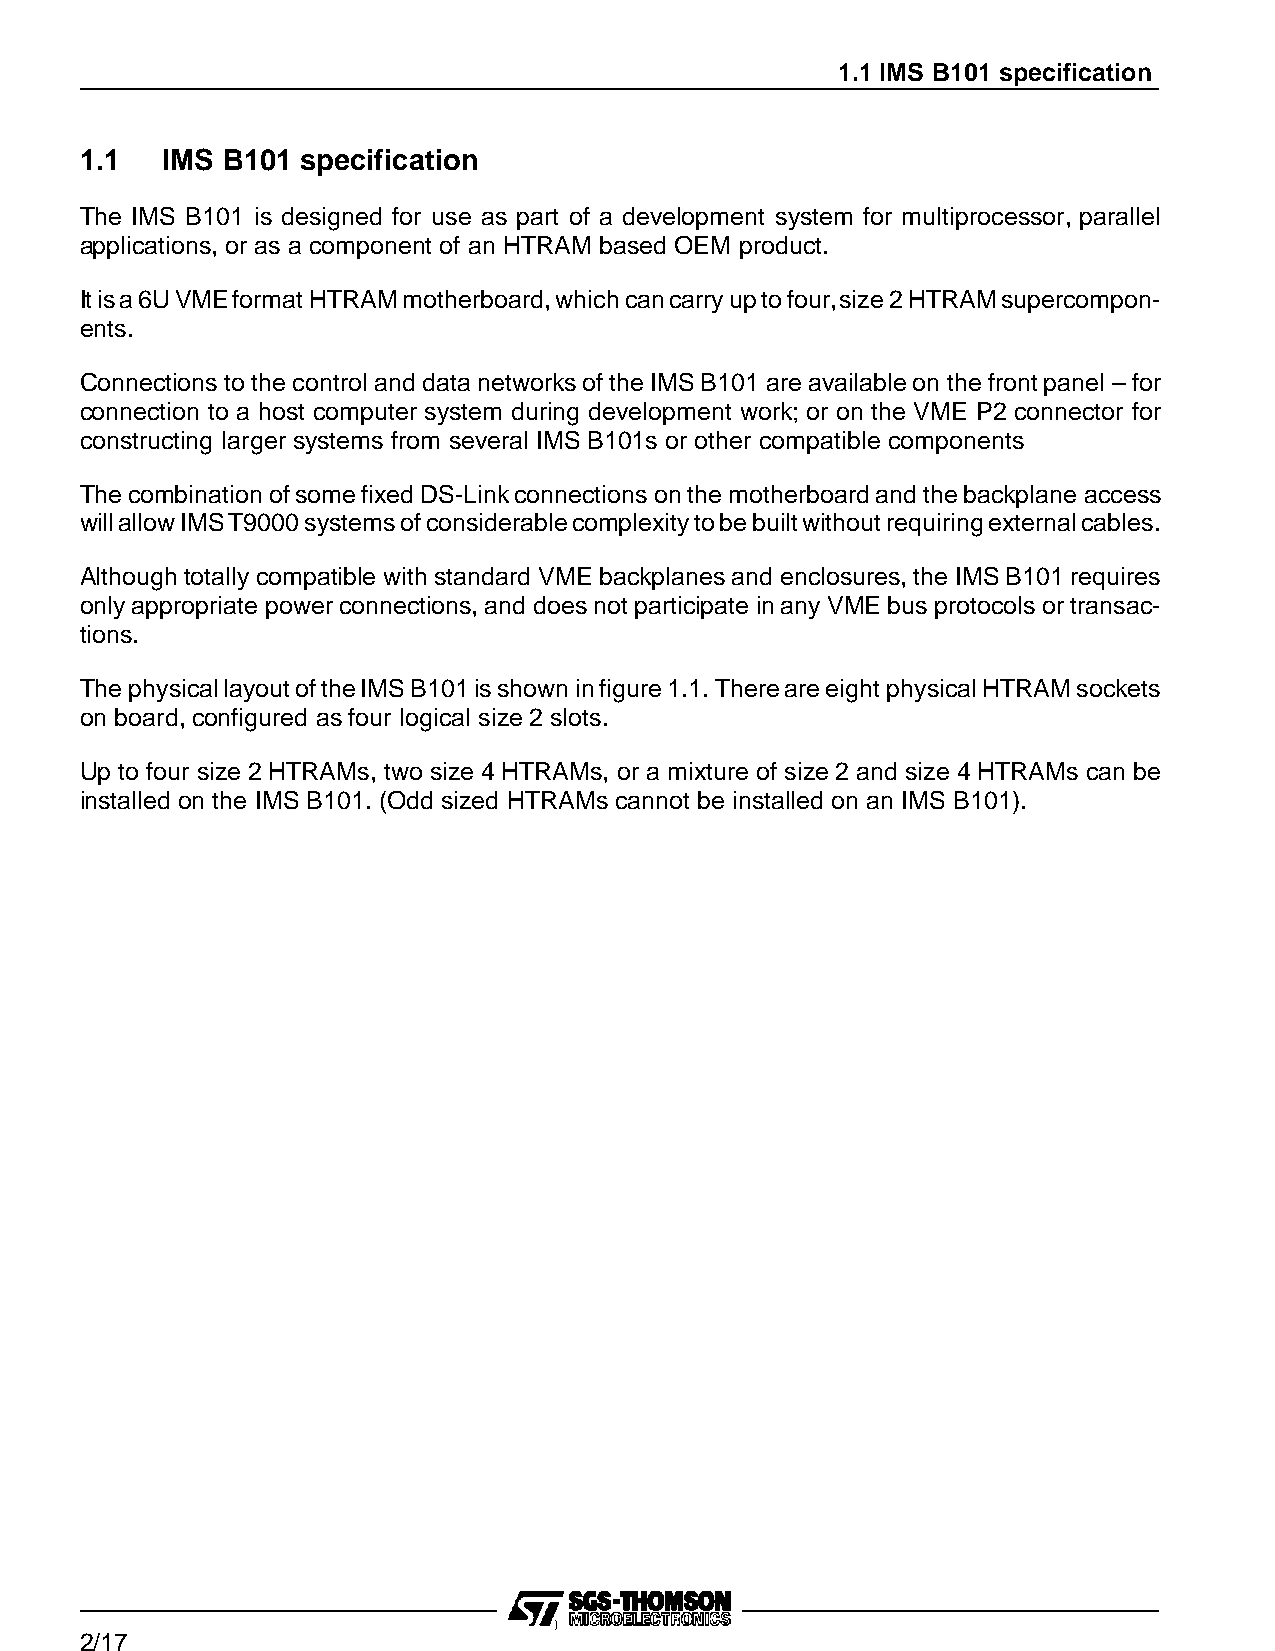
1.1 IMS B101 specification
 1.1   IMS B101 specification
 The IMS B101 is designed for use as part of a development system for multiprocessor, parallel
 applications, or as a component of an HTRAM based OEM product.
 Itisa6UVMEformatHTRAMmotherboard,whichcancarryuptofour,size2HTRAMsupercompon-
 ents.
 Connections tothecontrol and datanetworksof theIMSB101 areavailableon the frontpanel –for
 connection to a host computer system during development work; or on the VME P2 connector for
 constructing larger systems from several IMS B101s or other compatible components
 ThecombinationofsomefixedDS-Linkconnections onthemotherboardand thebackplane access
 willallowIMST9000systemsofconsiderablecomplexitytobebuiltwithoutrequiringexternalcables.
 Although totally compatible withstandard VME backplanesand enclosures,the IMSB101requires
 onlyappropriate powerconnections,and doesnot participate inanyVMEbusprotocols ortransac-
 tions.
 ThephysicallayoutoftheIMSB101isshowninfigure1.1. ThereareeightphysicalHTRAMsockets
 on board, configured asfour logical size 2 slots.
 Up to four size 2 HTRAMs, two size 4 HTRAMs, or a mixture of size 2 and size 4 HTRAMs can be
 installed on the IMS B101. (Odd sized HTRAMs cannot be installed on an IMS B101).
 )
 2/17